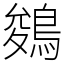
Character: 鵕